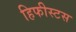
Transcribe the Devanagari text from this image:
हिफीस्टस